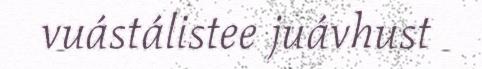
vuástálistee juávhust